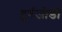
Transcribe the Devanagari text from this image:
दुर्गजोडी